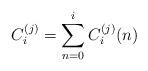
LaTeX: \begin{align*}C_i^{(j)}=\sum_{n=0}^i C_i^{(j)}(n)\end{align*}